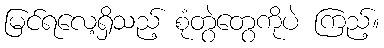
မြင်ရလေ့ရှိသည့် စုံတွဲတွေကိုပဲ ကြည့်။